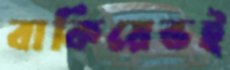
বাকিয়েভই